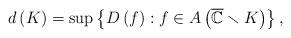
LaTeX: \begin{align*}d\left( K\right) =\sup \left\{ D\left( f\right) :f\in A\left( \overline{\mathbb{C}}\smallsetminus K\right) \right\} ,\end{align*}